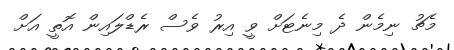
މެޗު ނިމެން ދެ މިނެޓަށް ވީ އިރު ވެސް ރެޑްލައިން އޮތީ އަށް